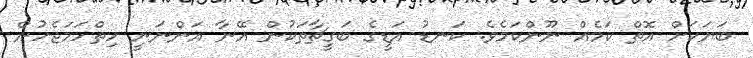
ބަޔަކަށް އޮތް ކަމެއް ނޫންކަމެވެ. ކަނޑު އަޑީގެ ބަގީޗާތަކުން އޭނާ އަންނަނީ ހިތްހަމަޖެހުން